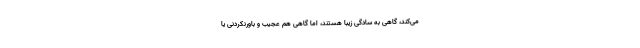
می‌کند، گاهی به سادگی زیبا هستند، اما گاهی هم عجیب و باورنکردنی یا